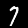
Digit: 7